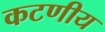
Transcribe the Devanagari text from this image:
कटणीय